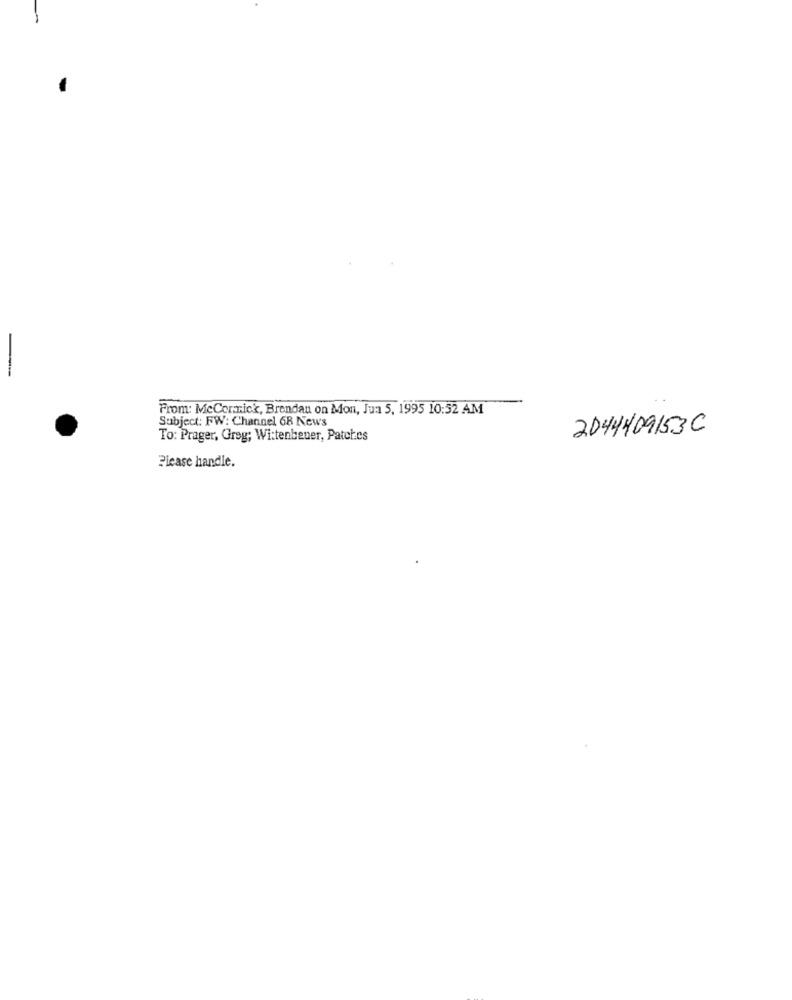
-
From: McCormick, Brendan on Mon, Jua 5, 1995 10:52 AM
Subject: FW: Channel 68 News
2044409153C
To: Prager, Greg; Wi:tenbeuer, Patches
Please handle.